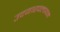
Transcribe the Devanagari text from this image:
उदयारपलायम